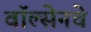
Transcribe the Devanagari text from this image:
वॉल्सेनचे